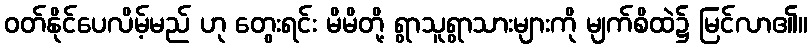
ဝတ်နိုင်ပေလိမ့်မည် ဟု တွေးရင်း မိမိတို့ ရွာသူရွာသားများကို မျက်စိထဲ၌ မြင်လာ၏။